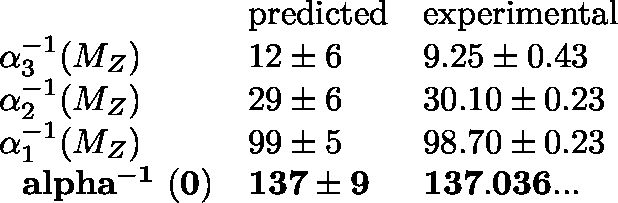
\begin{array} { l l l } { { } } & { { \mathrm { p r e d i c t e d } } } & { { \mathrm { e x p e r i m e n t a l } } } \\ { { \alpha _ { 3 } ^ { - 1 } ( M _ { Z } ) } } & { { 1 2 \pm 6 } } & { { 9 . 2 5 \pm 0 . 4 3 } } \\ { { \alpha _ { 2 } ^ { - 1 } ( M _ { Z } ) } } & { { 2 9 \pm 6 } } & { { 3 0 . 1 0 \pm 0 . 2 3 } } \\ { { \alpha _ { 1 } ^ { - 1 } ( M _ { Z } ) } } & { { 9 9 \pm 5 } } & { { 9 8 . 7 0 \pm 0 . 2 3 } } \\ { { \mathrm { { \bf \boldmath ~ \ a l p h a ^ { - 1 } ~ ( 0 ) } } } } & { { { \bf 1 3 7 \pm 9 } } } & { { { \bf 1 3 7 . 0 3 6 . . . } } } \end{array}